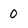
Character: 0